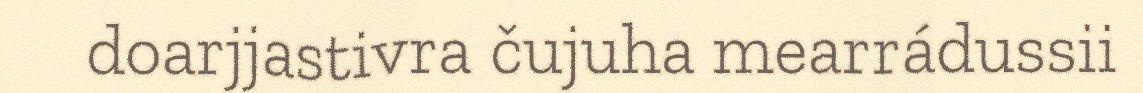
doarjjastivra čujuha mearrádussii